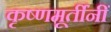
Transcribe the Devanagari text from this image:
कृष्णमूर्तींनीं